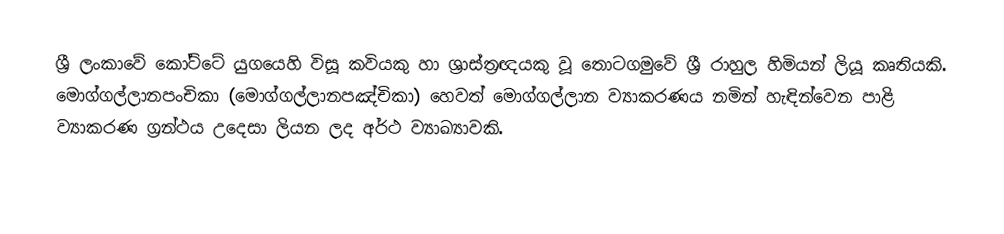
ශ්‍රී ලංකාවේ කෝට්ටේ යුගයෙහි විසූ කවියකු හා ශ්‍රාස්ත්‍රඥයකු වූ තොටගමුවේ ශ්‍රී රාහුල හිමියන් ලියූ කෘතියකි. මොග්ගල්ලානපංචිකා (මොග්ගල්ලානපඤ්චිකා) හෙවත් මොග්ගල්ලාන ව්‍යාකරණය නමින් හැඳින්වෙන පාළි ව්‍යාකරණ ග්‍රන්ථය උදෙසා ලියන ලද අර්ථ ව්‍යාඛ්‍යාවකි.